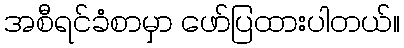
အစီရင်ခံစာမှာ ဖော်ပြထားပါတယ်။